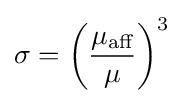
\sigma =\left({\frac {\mu _{\text{aff}}}{\mu }}\right)^{3}